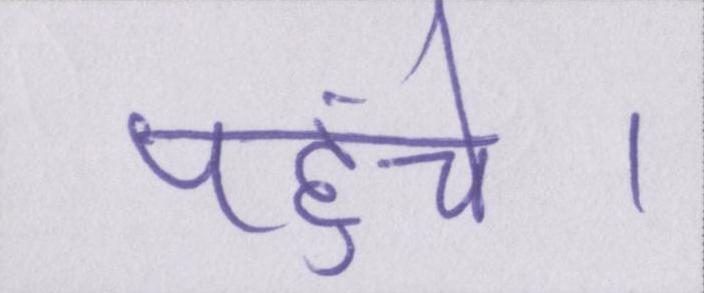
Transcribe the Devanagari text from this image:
पहुंचे।